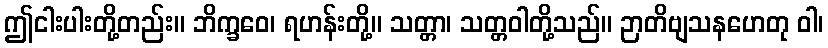
ဤငါးပါးတို့တည်း။ ဘိက္ခဝေ၊ ရဟန်းတို့။ သတ္တာ၊ သတ္တဝါတို့သည်။ ဉာတိဗျသနဟေတု ဝါ၊